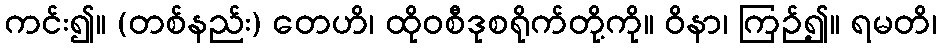
ကင်း၍။ (တစ်နည်း) တေဟိ၊ ထိုဝစီဒုစရိုက်တို့ကို။ ဝိနာ၊ ကြဉ်၍။ ရမတိ၊